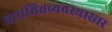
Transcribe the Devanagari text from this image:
प्रायश्चित्तव्यवस्थासार